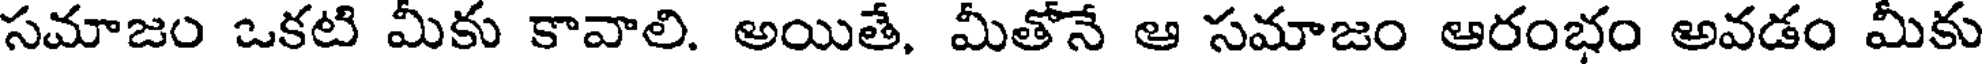
సమాజం ఒకటి మీకు కావాలి. అయితే, మీతోనే ఆ సమాజం ఆరంభం అవడం మీకు